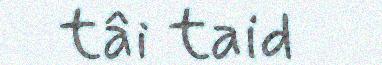
tâi taid